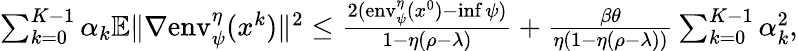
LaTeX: \begin{array}{r}{\sum_{k=0}^{K-1}\alpha_{k}\mathbb{E}\| \nabla\mathrm{env}_{\psi}^{\eta}(x^{k})\| ^{2}\leq\frac{2(\mathrm{env}_{\psi}^{\eta}(x^{0})-\operatorname*{inf}\psi)}{1-\eta(\rho-\lambda)}+\frac{\beta\theta}{\eta(1-\eta(\rho-\lambda))}\sum_{k=0}^{K-1}\alpha_{k}^{2},}\end{array}